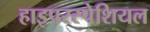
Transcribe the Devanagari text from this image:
हाइपरस्पेशियल